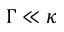
\Gamma \ll \kappa